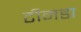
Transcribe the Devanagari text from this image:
टीनडा